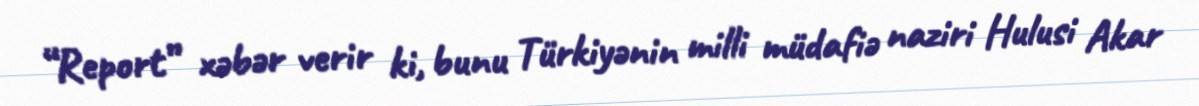
“Report” xəbər verir ki, bunu Türkiyənin milli müdafiə naziri Hulusi Akar